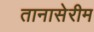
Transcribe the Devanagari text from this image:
तानासेरीम